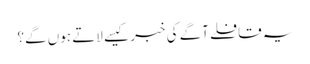
یہ قافلے آگے کی خبر کیسے لاتے ہوں گے؟